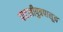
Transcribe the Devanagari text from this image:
पाटलीपुत्रपासून